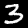
Label: 3